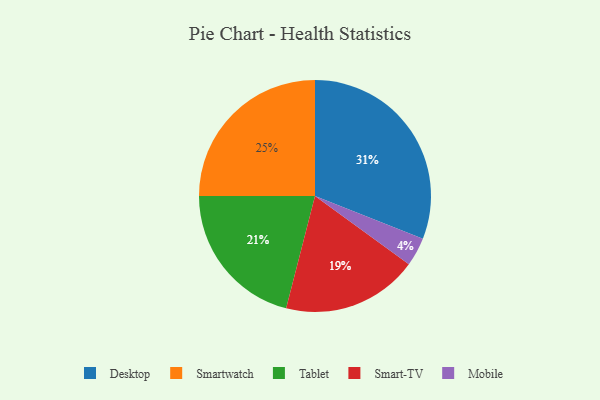
{"axis": {"x": "Category", "y": "Percentage"}, "legend": ["Desktop", "Mobile", "Smart-TV", "Smartwatch", "Tablet"], "data": [{"x": "Mobile", "y": 4, "type": "Mobile"}, {"x": "Smartwatch", "y": 25, "type": "Smartwatch"}, {"x": "Desktop", "y": 31, "type": "Desktop"}, {"x": "Tablet", "y": 21, "type": "Tablet"}, {"x": "Smart-TV", "y": 19, "type": "Smart-TV"}]}